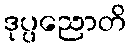
ဒုပ္ပညောတိ